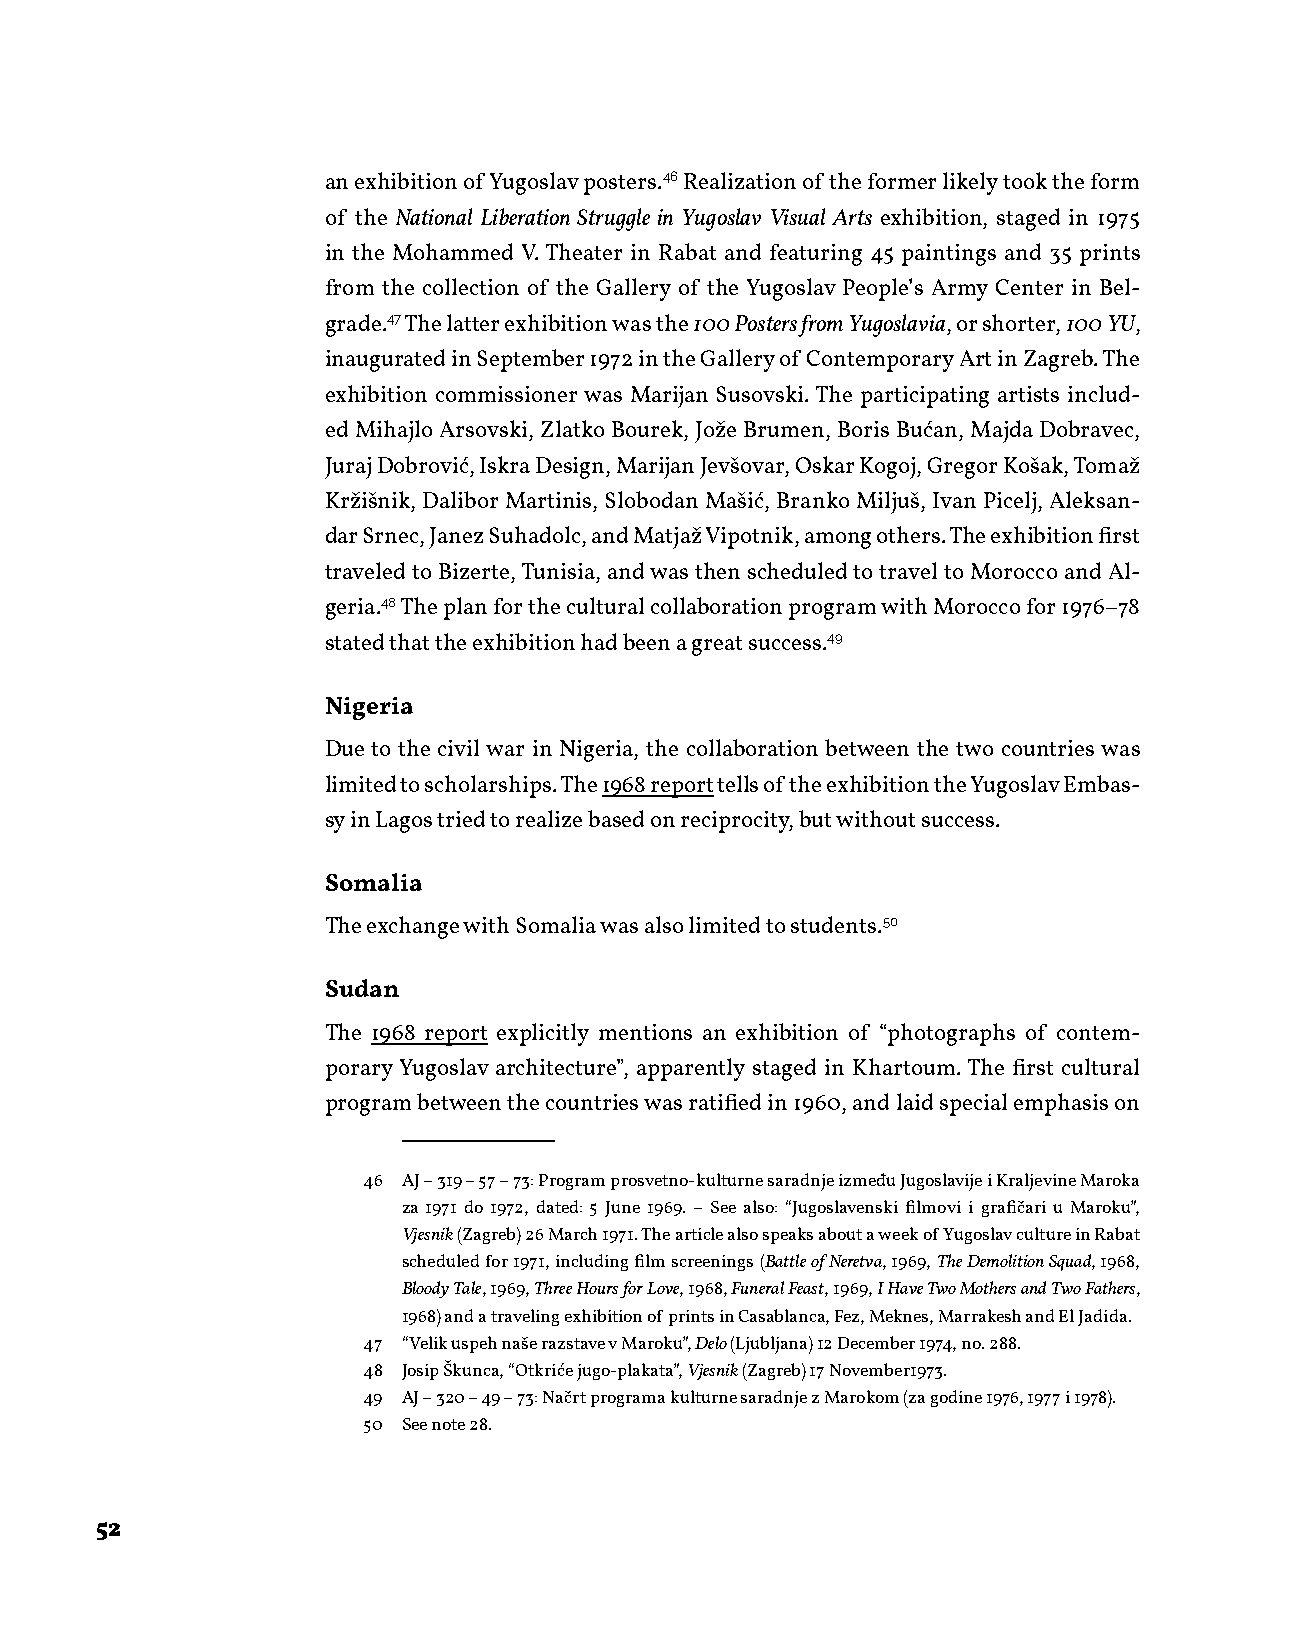
an exhibition of Yugoslav posters.46 Realization of the former likely took the form
 of the National Liberation Struggle in Yugoslav Visual Arts exhibition, staged in 1975
 in the Mohammed V. Theater in Rabat and featuring 45 paintings and 35 prints
 from the collection of the Gallery of the Yugoslav People’s Army Center in Bel-
 grade.47 The latter exhibition was the 100 Posters from Yugoslavia, or shorter, 100 YU,
 inaugurated in September 1972 in the Gallery of Contemporary Art in Zagreb. The
 exhibition commissioner was Marijan Susovski. The participating artists includ-
 ed Mihajlo Arsovski, Zlatko Bourek, Jože Brumen, Boris Bućan, Majda Dobravec,
 Juraj Dobrović, Iskra Design, Marijan Jevšovar, Oskar Kogoj, Gregor Košak, Tomaž
 Kržišnik, Dalibor Martinis, Slobodan Mašić, Branko Miljuš, Ivan Picelj, Aleksan-
 dar Srnec, Janez Suhadolc, and Matjaž Vipotnik, among others. The exhibition first
 traveled to Bizerte, Tunisia, and was then scheduled to travel to Morocco and Al-
 geria.48 The plan for the cultural collaboration program with Morocco for 1976–78
 stated that the exhibition had been a great success.49
 Nigeria
 Due to the civil war in Nigeria, the collaboration between the two countries was
 limited to scholarships. The 1968 report tells of the exhibition the Yugoslav Embas-
 sy in Lagos tried to realize based on reciprocity, but without success.
 Somalia
 The exchange with Somalia was also limited to students.50
 Sudan
 The 1968 report explicitly mentions an exhibition of “photographs of contem-
 porary Yugoslav architecture”, apparently staged in Khartoum. The first cultural
 program between the countries was ratified in 1960, and laid special emphasis on
 46 AJ – 319 – 57 – 73: Program prosvetno-kulturne saradnje između Jugoslavije i Kraljevine Maroka
 za 1971 do 1972, dated: 5 June 1969. – See also: “Jugoslavenski filmovi i grafičari u Maroku”,
 Vjesnik (Zagreb) 26 March 1971. The article also speaks about a week of Yugoslav culture in Rabat
 scheduled for 1971, including film screenings (Battle of Neretva, 1969, The Demolition Squad, 1968,
 Bloody Tale, 1969, Three Hours for Love, 1968, Funeral Feast, 1969, I Have Two Mothers and Two Fathers,
 1968) and a traveling exhibition of prints in Casablanca, Fez, Meknes, Marrakesh and El Jadida.
 47 “Velik uspeh naše razstave v Maroku”, Delo (Ljubljana) 12 December 1974, no. 288.
 48 Josip Škunca, “Otkriće jugo-plakata”, Vjesnik (Zagreb) 17 November1973.
 49 AJ – 320 – 49 – 73: Načrt programa kulturne saradnje z Marokom (za godine 1976, 1977 i 1978).
 50 See note 28.
 52